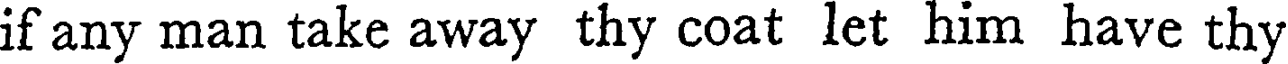
if any man take away thy coat let him have thy